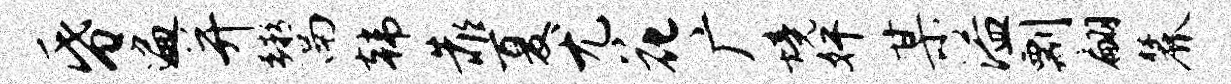
昏遍并鬻韩靠夏尤花广境奸某溢剽翩麓